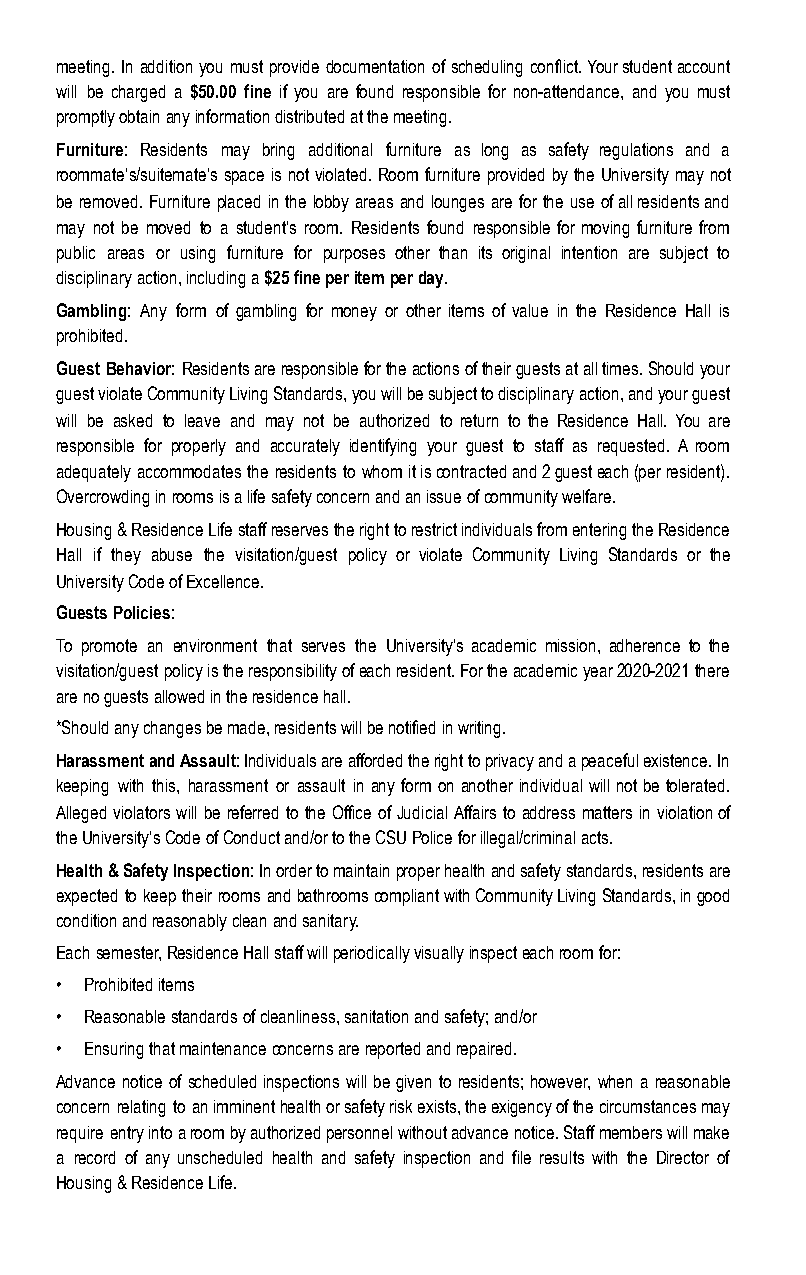
meeting. In addition you must provide documentation of scheduling conflict. Your student account
 will be charged a $50.00 fine if you are found responsible for non-attendance, and you must
 promptly obtain any information distributed at the meeting.
 Furniture: Residents may bring additional furniture as long as safety regulations and a
 roommate’s/suitemate’s space is not violated. Room furniture provided by the University may not
 be removed. Furniture placed in the lobby areas and lounges are for the use of all residents and
 may not be moved to a student’s room. Residents found responsible for moving furniture from
 public areas or using furniture for purposes other than its original intention are subject to
 disciplinary action, including a $ 25 fine per item per day.
 Gambling: Any form of gambling for money or other items of value in the Residence Hall is
 prohibited.
 Guest Behavior: Residents are responsible for the actions of their guests at all times. Should your
 guest violate Community Living Standards, you will be subject to disciplinary action, and your guest
 will be asked to leave and may not be authorized to return to the Residence Hall. You are
 responsible for properly and accurately identifying your guest to staff as requested. A room
 adequately accommodates the residents to whom it is contracted and 2 guest each (per resident).
 Overcrowding in rooms is a life safety concern and an issue of community welfare.
 Housing & Residence Life staff reserves the right to restrict individuals from entering the Residence
 Hall if they abuse the visitation/guest policy or violate Community Living Standards or the
 University Code of Excellence.
 Guests Policies:
 To promote an environment that serves the University’s academic mission, adherence to the
 visitation/guest policy is the responsibility of each resident. For the academic year 2020-2021 there
 are no guests allowed in the residence hall.
 *Should any changes be made, residents will be notified in writing.
 Harassment and Assault: Individuals are afforded the right to privacy and a peaceful existence. In
 keeping with this, harassment or assault in any form on another individual will not be tolerated.
 Alleged violators will be referred to the Office of Judicial Affairs to address matters in violation of
 the University’s Code of Conduct and/or to the CSU Police for illegal/criminal acts.
 Health & Safety Inspection: In order to maintain proper health and safety standards, residents are
 expected to keep their rooms and bathrooms compliant with Community Living Standards, in good
 condition and reasonably clean and sanitary.
 Each semester, Residence Hall staff will periodically visually inspect each room for:
 • Prohibited items
 • Reasonable standards of cleanliness, sanitation and safety; and/or
 • Ensuring that maintenance concerns are reported and repaired.
 Advance notice of scheduled inspections will be given to residents; however, when a reasonable
 concern relating to an imminent health or safety risk exists, the exigency of the circumstances may
 require entry into a room by authorized personnel without advance notice. Staff members will make
 a record of any unscheduled health and safety inspection and file results with the Director of
 Housing & Residence Life.